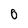
Character: 0